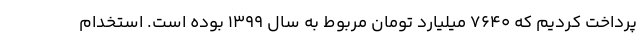
پرداخت کردیم که ۷۶۴۰ میلیارد تومان مربوط به سال ۱۳۹۹ بوده است. استخدام